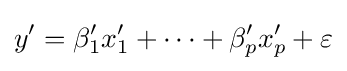
y'=\beta _{1}'x_{1}'+\cdots +\beta _{p}'x_{p}'+\varepsilon